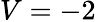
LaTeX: V=-2